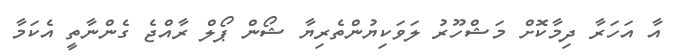
އާ އަހަރާ ދިމާކޮށް މަޝްހޫރު ލަވަކިޔުންތެރިޔާ ޝޯން ޕޯލް ރާއްޖެ ގެންނާތީ އެކަމާ